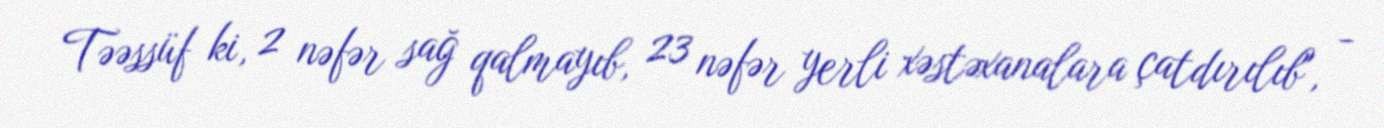
Təəssüf ki, 2 nəfər sağ qalmayıb, 23 nəfər yerli xəstəxanalara çatdırılıb", -